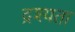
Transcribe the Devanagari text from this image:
द्रश्यता